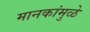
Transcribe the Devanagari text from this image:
मानकांमुळे